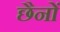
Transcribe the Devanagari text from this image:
छैनों